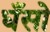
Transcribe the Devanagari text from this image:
धँसो